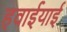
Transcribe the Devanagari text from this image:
हवाईयाई